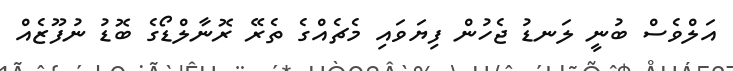
އަލްވެސް ބުނީ ލަނޑު ޖެހުން ފިޔަވައި މެޗެއްގެ ތެރޭ ރޮނާލްޑޯގެ ބޮޑު ނުފޫޒެއް